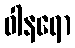
ဝါနရော